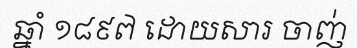
ឆ្នាំ ១៨៩៧ ដោយសារ ចាញ់